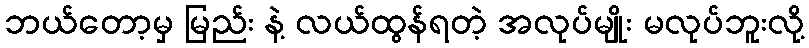
ဘယ်တော့မှ မြည်း နဲ့ လယ်ထွန်ရတဲ့ အလုပ်မျိုး မလုပ်ဘူးလို့